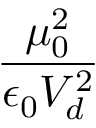
\frac { \mu _ { 0 } ^ { 2 } } { \epsilon _ { 0 } V _ { d } ^ { 2 } }